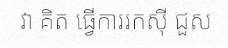
វា គិត ធ្វើការរកស៊ី ជួស